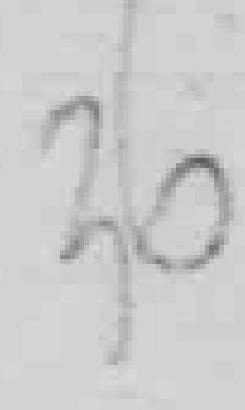
30